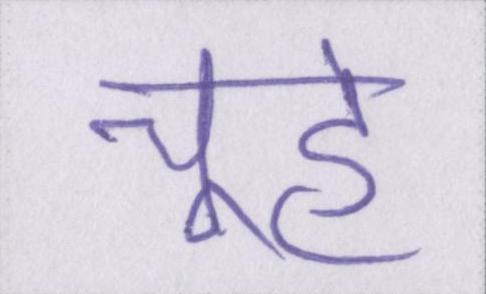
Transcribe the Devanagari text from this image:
चूहे